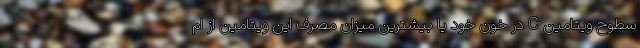
سطوح ویتامین C در خون خود یا بیشترین میزان مصرف این ویتامین از ام